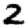
Digit: 2